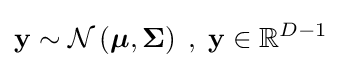
\mathbf {y} \sim {\mathcal {N}}\left({\boldsymbol {\mu }},{\boldsymbol {\Sigma }}\right)\;,\;\mathbf {y} \in \mathbb {R} ^{D-1}